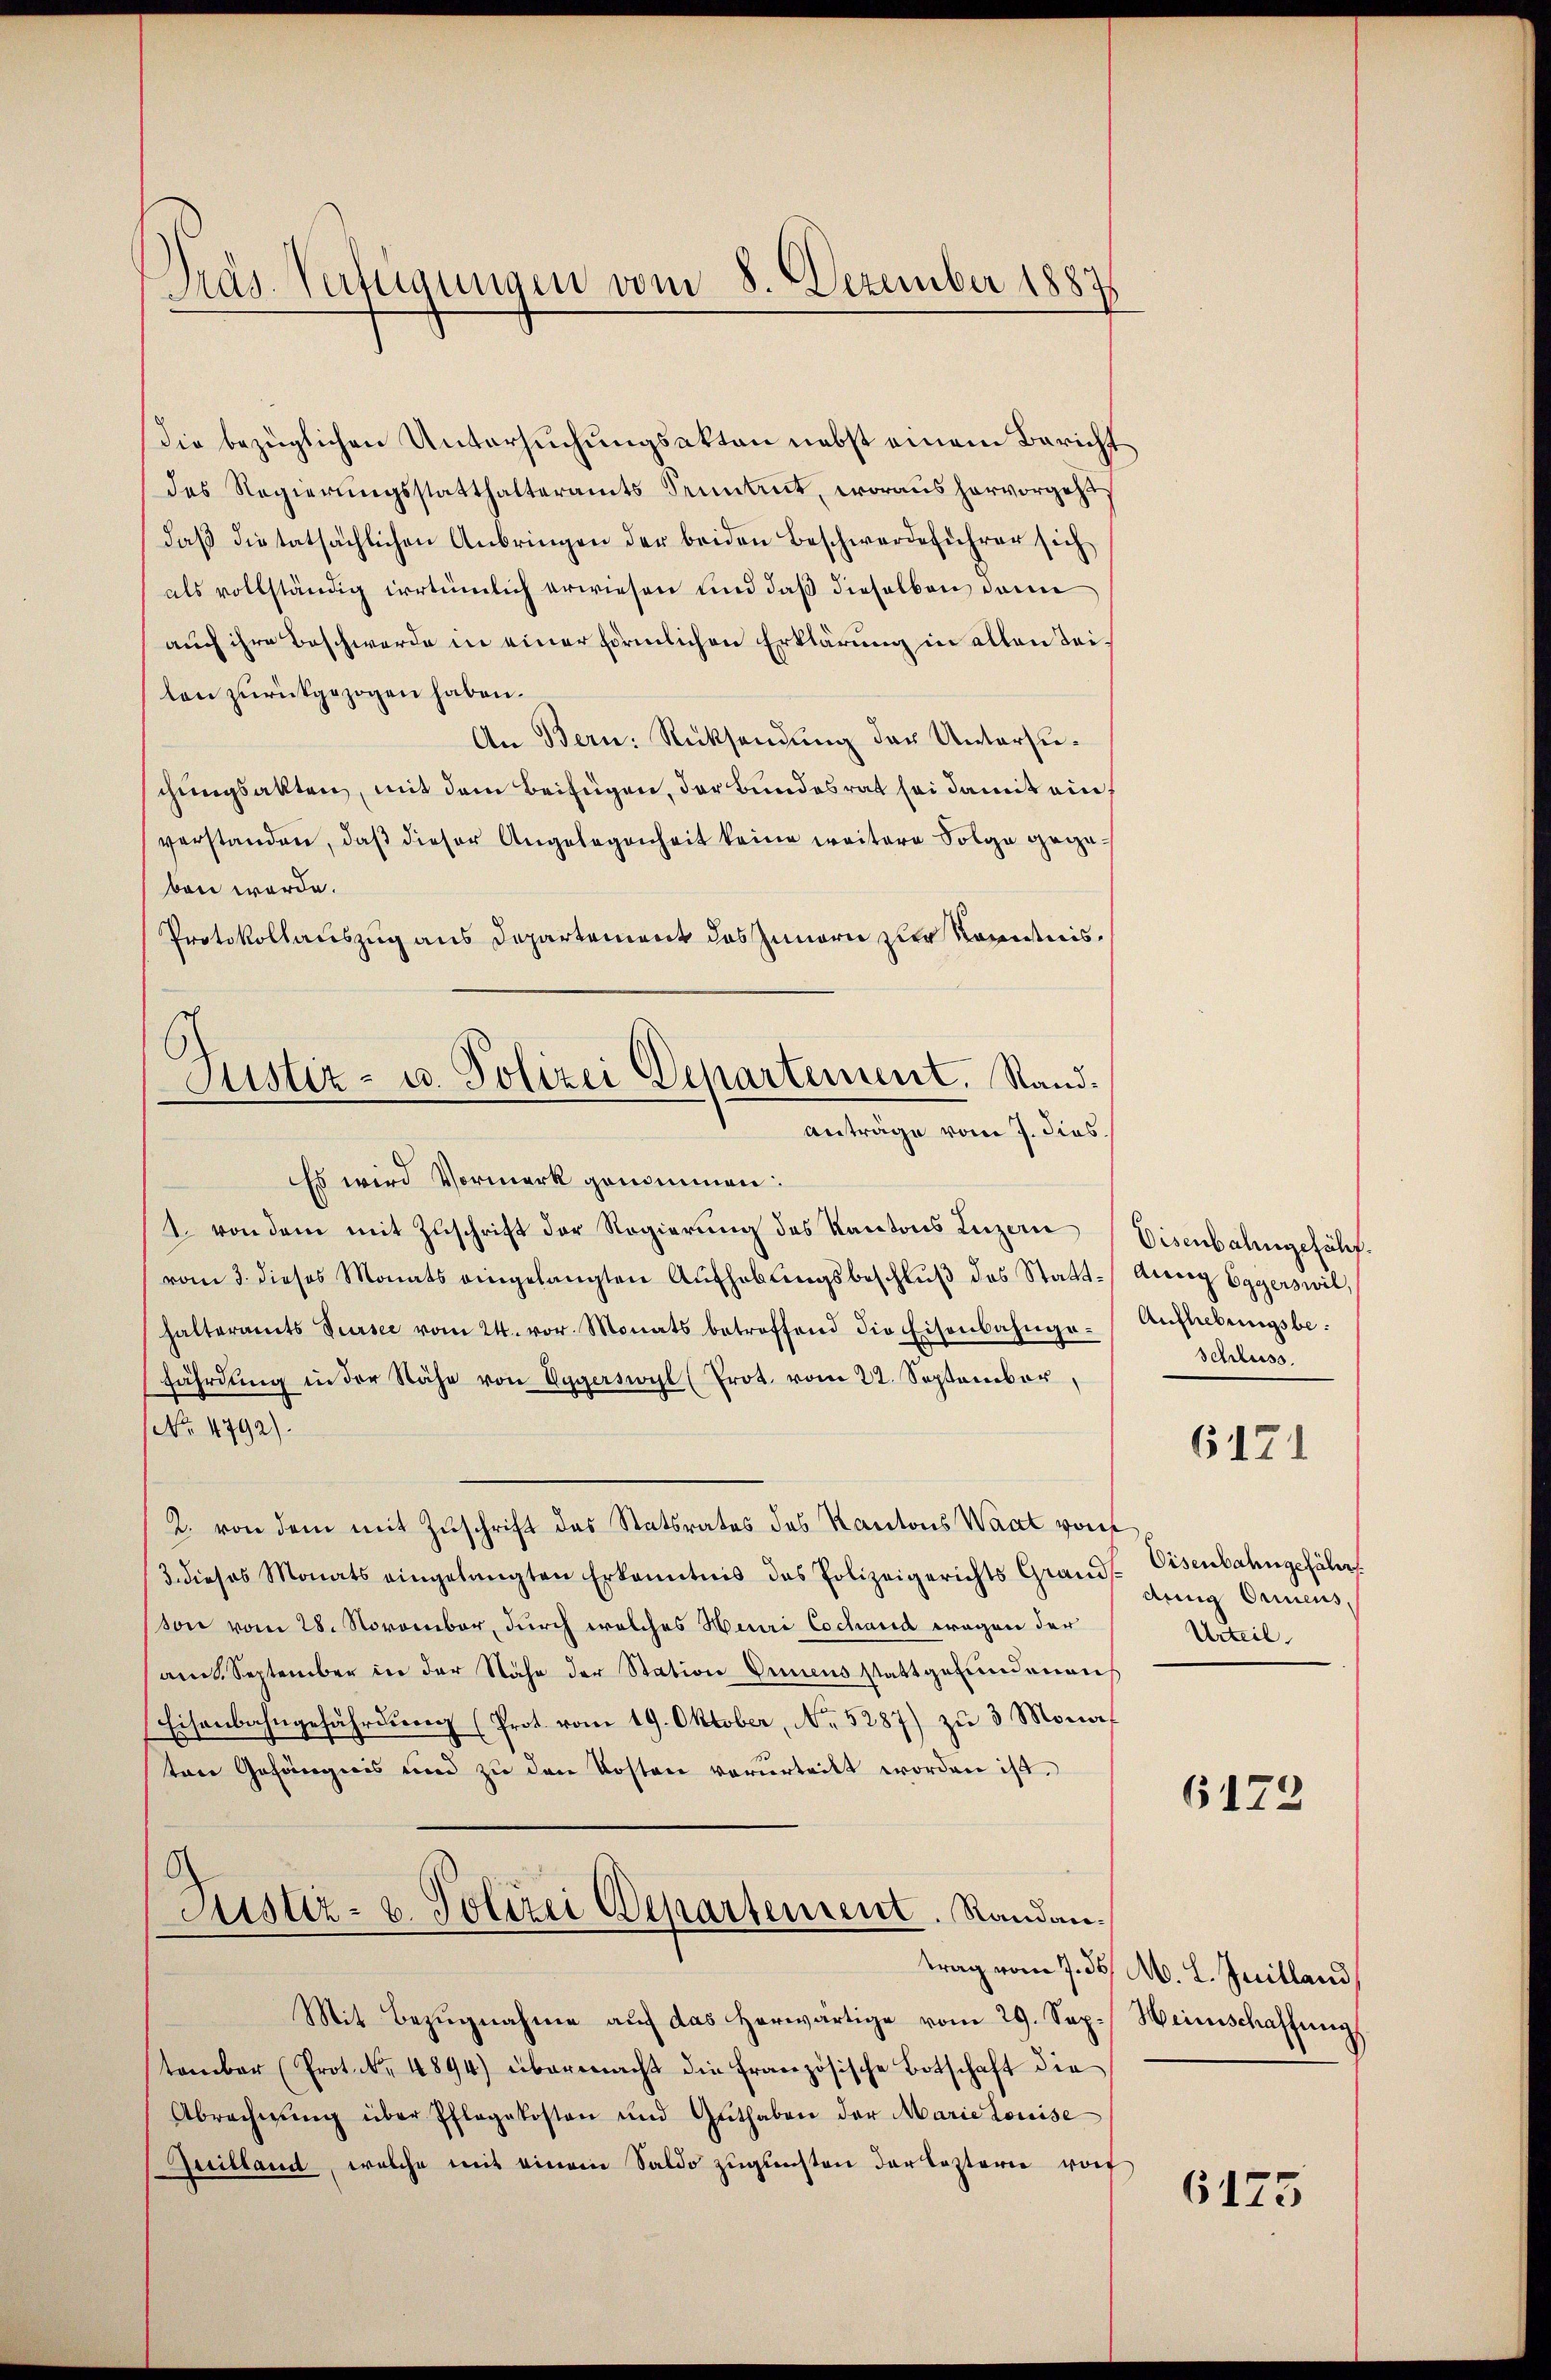
Präs. Verfügungen vom 8. Dezember 1887

die bezüglichen Untersuchungsakten nebst einem Bericht
des Regierungsstatthalteramts Sennant, woraus hervorgeht
daβ die tatsächlichen Anbringen der beiden Beschwerdeführer sich
als vollständig irrtümlich erwiesen und daß dieselben dann
auch ihre Beschwerde in einer förmlichen Erklärung in allen Teilen zurückgezogen haben.
An Bern. Rücksendung der Untersuschungsakten, mit dem Beifügen, der Bundesrat sei damit einverstanden, daβ dieser Angelegenheit keine weitere Folge gegeben werde.
Protokollauszug aus Departement das Innern zur Kenntnis¬
Es wird Vormerk genommen:
1. von dem mit Zuschrift der Regierung des Kantons Luzern
vom 3. dieses Monats eingelangten Aŭfhebungsbeschlŭβ des Statthalteramts Sursee vom 24. vor. Monats betroffend die Eisenbahnge-
fährdung in der Nähe von Eggerswyl (Prot. vom 22. September,
No. 4792).
2. von dem mit Zuschrift des Statsrates des Kantons Waat von
/3. dieses Monats eingelangten Erkanntnis das Polizeigerichts Grandsson vom 28. November, durch welches Heuri Cochand wegen der
amt. September in der Nähe der Station Innens stattgefŭndenen
Eisenbahngefährdung (Prot. vom 19. Oktober, No. 5287) zu 3 Monaten Gefängnis und zu den Kosten verurteilt worden ist.
Justiz- u. Polizei Departement. Randan¬
Mit Bezŭgnahme aŭf das herwärtige vom 29. Sep. Heimschaffŭng
tember (Prot. Nr. 4894) übermacht die französische Botschaft die
Abrechnŭng über Pflegekosten und Guthaben der Marie Louise
Guilland, welche mit einem Saldo zŭgleichten der losterie vor

Justiz- u. Polizei Departement. Rand.
Anträge vom 7. dies.

Eisenbahngefährt.
aurig Eggerswil,
Auflebungsbe¬
Schluss.

6171

Eisenbahngefähr
dung Oriens,
Urteil

6172

trag vom 7. d. M. L. Juilland

6175